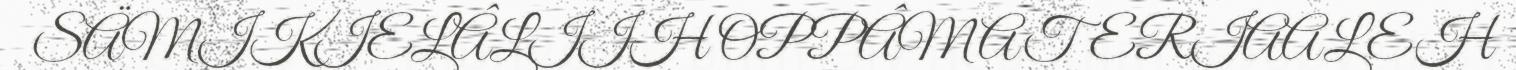
SÄMIKIELÂLIIH OPPÂMATERIAALEH